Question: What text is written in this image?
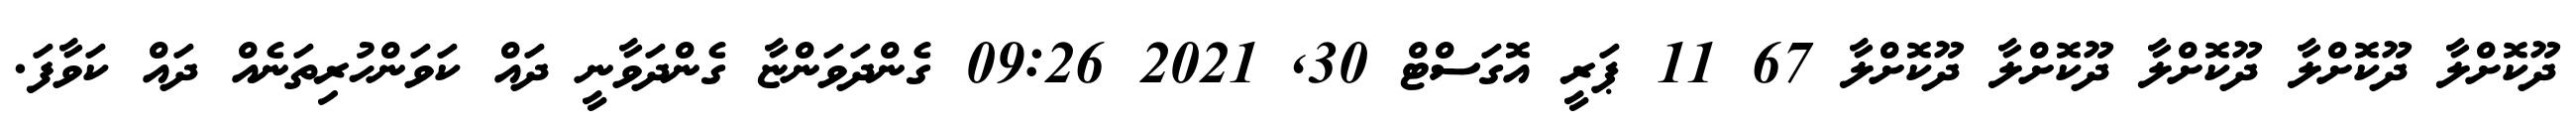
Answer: ދޫކޮށްލާ ދޫކޮށްލާ ދޫކޮށްލާ ދޫކޮށްލާ ދޫކޮށްލާ 67 11 ޕަރީ އޮގަސްޓް 30, 2021 09:26 ގެންދަވަންޏާ ގެންދަވާނީ ދައް ކަވަންހުރިތަނެއް ދައް ކަވާފަ.